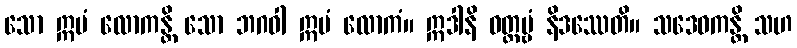
သော ဣမံ လောကန္တိ သော ဘဂဝါ ဣမံ လောကံ။ ဣဒါနိ ဝတ္တဗ္ဗံ နိဒဿေတိ။ သဒေဝကန္တိ သဟ